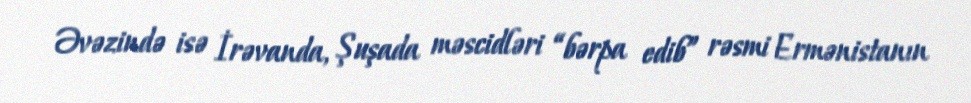
Əvəzində isə İrəvanda, Şuşada məscidləri “bərpa edib” rəsmi Ermənistanın